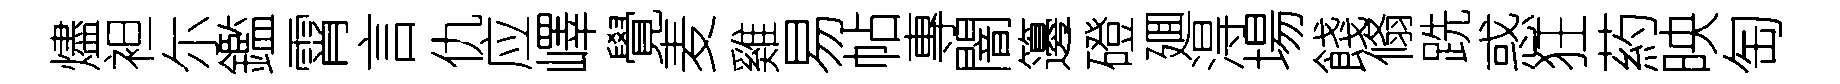
燼袒尓鑑霄言仇应嶧覺麦雞易帖專闇籩磴廽淂場餞翛跣惑狂葯映匋